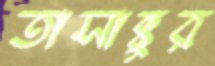
তাসাক্কুর